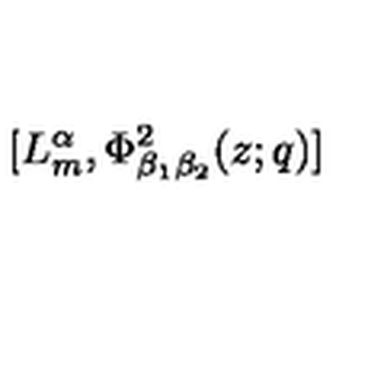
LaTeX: [ L _ { m } ^ { \alpha } , \Phi _ { \beta _ { 1 } \beta _ { 2 } } ^ { 2 } ( z ; q ) ] \